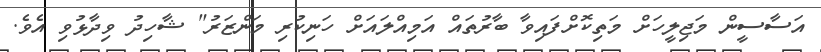
އަސާސީން މަޖިލީހަށް މަތިކޮށްފައިވާ ބާރުތައް އަމިއްލައަށް ހަނިކުރި މަންޒަރު" ޝާހިދު ވިދާޅުވި އެވެ.